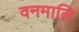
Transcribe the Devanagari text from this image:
वनमालि